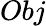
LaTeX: Obj